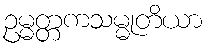
ဥမ္မတ္တကသမ္မုတိယာ